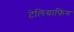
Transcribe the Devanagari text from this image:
टेलिग्राफिंग